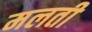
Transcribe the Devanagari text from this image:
मलती